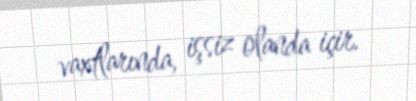
vaxtlarında, işsiz olanda içir.